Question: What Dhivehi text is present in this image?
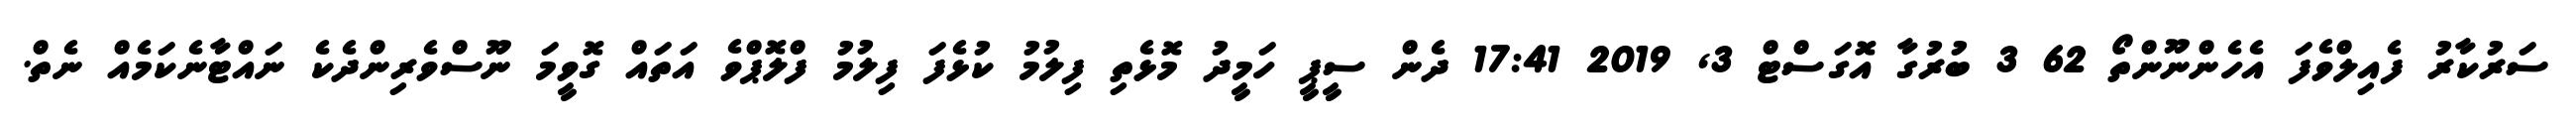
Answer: ސަރުކާރު ފެއިލްވެފަ އެހެންނޫންތޯ 62 3 ބުރުގާ އޮގަސްޓް 3, 2019 17:41 ދެން ސީޕީ ހަމީދު މޮޅެތި ފިލުމު ކުޅެފަ ފިލުމު ފްލޮޕްވެ އަތައް ގޮވީމަ ނޫސްވެރިންދެކެ ނައްޓާނެކަމެއް ނެތް.